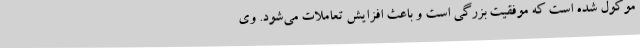
موکول شده است که موفقیت بزرگی است و باعث افزایش تعاملات می‌شود. وی